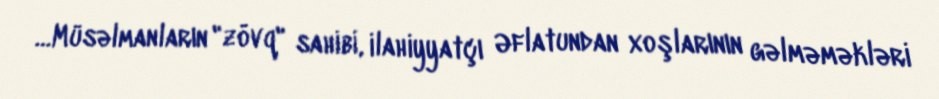
…Müsəlmanların "zövq" sahibi, ilahiyyatçı Əflatundan xoşlarının gəlməməkləri